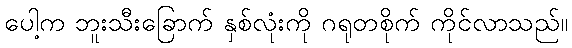
ပေါ့က ဘူးသီးခြောက် နှစ်လုံးကို ဂရုတစိုက် ကိုင်လာသည်။